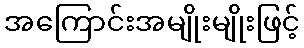
အကြောင်းအမျိုးမျိုးဖြင့်